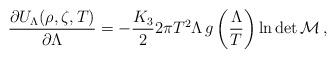
LaTeX: \begin{align*}\frac{\partial U_{\Lambda}(\rho,\zeta,T)}{\partial\Lambda} =-\frac{K_{3}}{2}2\pi T^{2}\Lambda\,g\left(\frac{\Lambda}{T}\right)\ln\det\cal{M}\, , \end{align*}